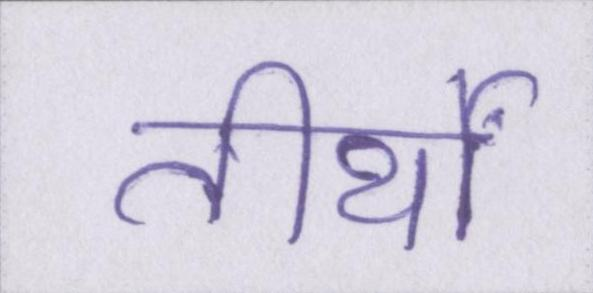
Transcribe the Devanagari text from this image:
तीर्थों